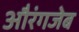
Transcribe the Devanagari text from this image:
अौरंगजेब